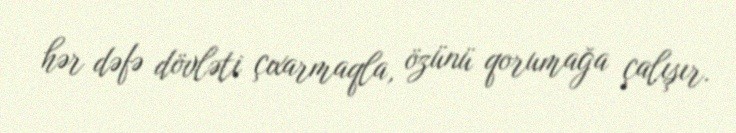
hər dəfə dövləti çıxarmaqla, özünü qorumağa çalışır.